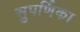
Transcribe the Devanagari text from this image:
सुपर्णिका